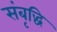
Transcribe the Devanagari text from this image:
संबृद्धि